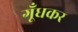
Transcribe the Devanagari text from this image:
गूँधकर